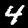
Digit: 4